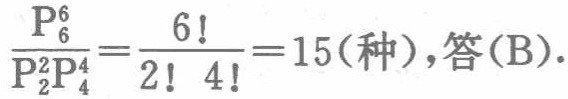
\(\frac{\mathrm{P}_{6}^{6}}{\mathrm{P}_{2}^{2}\mathrm{P}_{4}^{4}}=\frac{6!}{2!\ 4!}=15(\text{种}),\text{答(B)}.\)